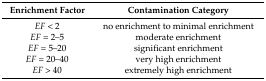
<table><thead><tr><td><b>Enrichment Factor</b></td><td><b>Contamination Category</b></td></tr></thead><tbody><tr><td><i>EF</i> &lt; 2</td><td>no enrichment to minimal enrichment</td></tr><tr><td><i>EF</i> = 2–5</td><td>moderate enrichment</td></tr><tr><td><i>EF</i> = 5–20</td><td>significant enrichment</td></tr><tr><td><i>EF</i> = 20–40</td><td>very high enrichment</td></tr><tr><td><i>EF</i> &gt; 40</td><td>extremely high enrichment</td></tr></tbody></table>